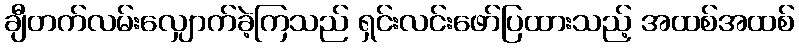
ချီတက်လမ်းလျှောက်ခဲ့ကြသည် ရှင်းလင်းဖော်ပြထားသည့် အထစ်အထစ်